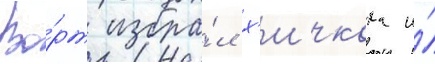
Во́рт избра́л х'ичкока и́